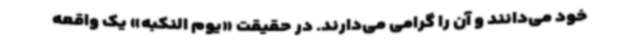
خود می‌دانند و آن را گرامی می‌دارند. در حقیقت «یوم النکبه» یک واقعه